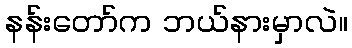
နန်းတော်က ဘယ်နားမှာလဲ။